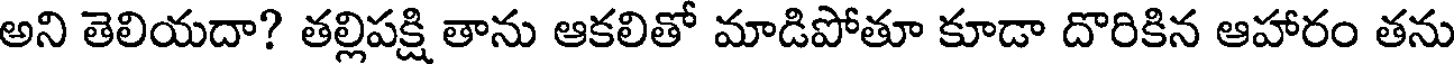
అని తెలియదా? తల్లిపక్షి తాను ఆకలితో మాడిపోతూ కూడా దొరికిన ఆహారం తను